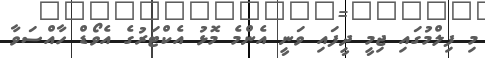
މި ފިލްމުގައި ޖިމީ ދީފައި ވަނީ އެންމެ މޮޅު އެކްޓަރުގެ އެވޯޑް ހާއްސަވާ